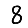
Digit: 8